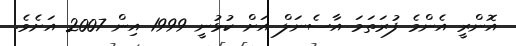
އޮންރީ އެންމެ ފުރަތަމަ އާސެނަލް އަށް ކުޅުނީ 1999 އިން 2007 އަށެވެ.